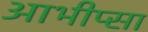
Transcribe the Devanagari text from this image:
आभीप्सा